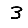
Digit: 3